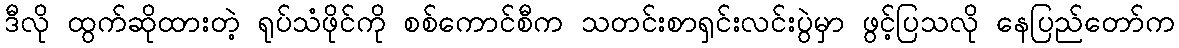
ဒီလို ထွက်ဆိုထားတဲ့ ရုပ်သံဖိုင်ကို စစ်ကောင်စီက သတင်းစာရှင်းလင်းပွဲမှာ ဖွင့်ပြသလို နေပြည်တော်က